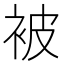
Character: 被